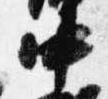
中